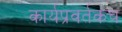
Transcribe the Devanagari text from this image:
कार्यप्रवर्तकच